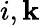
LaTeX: i,\mathbf{k}